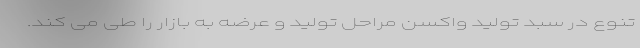
تنوع در سبد تولید واکسن مراحل تولید و عرضه به بازار را طی می کند.